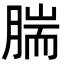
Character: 腨